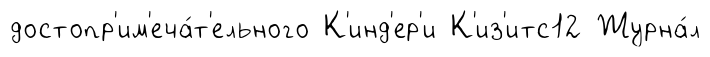
достопр'им'еча́т'ельного К'инд'ер'и К'из'итс12 Журна́л